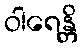
ဝါရေန္တိ